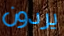
يردون